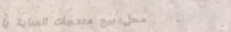
محل بيع منتجات العناية با